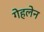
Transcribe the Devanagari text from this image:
गेहलेन